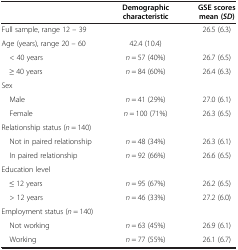
|  | Demographic characteristic | GSE scores mean ( SD ) |
 | --- | --- | --- |
 | Full sample, range 12 – 39 |  | 26.5 (6.3) |
 | Age (years), range 20 – 60 | 42.4 (10.4) |  |
 | < 40 years | n = 57 (40%) | 26.7 (6.5) |
 | ≥ 40 years | n = 84 (60%) | 26.4 (6.3) |
 | Sex |  |  |
 | Male | n = 41 (29%) | 27.0 (6.1) |
 | Female | n = 100 (71%) | 26.3 (6.5) |
 | Relationship status (n = 140) |  |  |
 | Not in paired relationship | n = 48 (34%) | 26.3 (6.1) |
 | In paired relationship | n = 92 (66%) | 26.6 (6.5) |
 | Education level |  |  |
 | ≤ 12 years | n = 95 (67%) | 26.2 (6.5) |
 | > 12 years | n = 46 (33%) | 27.2 (6.0) |
 | Employment status (n = 140) |  |  |
 | Not working | n = 63 (45%) | 26.9 (6.1) |
 | Working | n = 77 (55%) | 26.1 (6.7) |